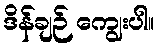
ဒိန်ချဉ် ကျွေးပါ။